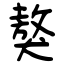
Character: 獒